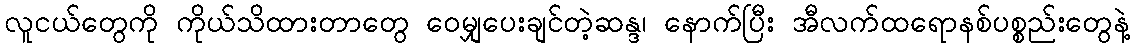
လူငယ်တွေကို ကိုယ်သိထားတာတွေ ဝေမျှပေးချင်တဲ့ဆန္ဒ၊ နောက်ပြီး အီလက်ထရောနစ်ပစ္စည်းတွေနဲ့